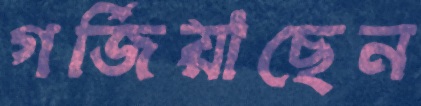
গর্জিয়াছেন